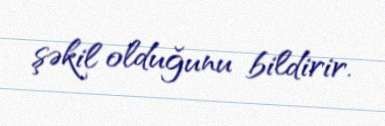
şəkil olduğunu bildirir.